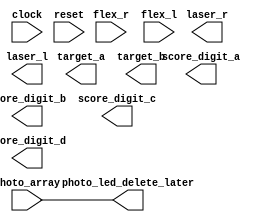
module photo_test (clock, reset, photo_array, flex_r, flex_l, laser_r, laser_l, target_a, target_b, 
								score_digit_a, score_digit_b, score_digit_c, score_digit_d, photo_led_delete_later);
								
	input clock, reset, flex_l, flex_r;
	input [9:0] photo_array; // todo
	
	output laser_r, laser_l;
	output [3:0] target_a, target_b; // todo
	output [6:0] score_digit_a, score_digit_b, score_digit_c, score_digit_d;
	
	output [9:0] photo_led_delete_later;
	
	assign photo_led_delete_later = photo_array;
	
endmodule